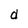
Character: d